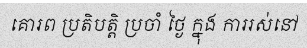
គោរព ប្រតិបត្តិ ប្រចាំ ថ្ងៃ ក្នុង ការរស់នៅ